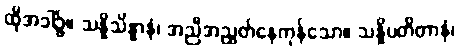
ထိုအခါ၌။ သန္နိသိန္နာနံ၊ အညီအညွတ်နေကုန်သော။ သန္နိပတိတာနံ၊